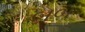
બબ